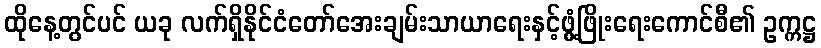
ထိုနေ့တွင်ပင် ယခု လက်ရှိနိုင်ငံတော်အေးချမ်းသာယာရေးနှင့်ဖွံ့ဖြိုးရေးကောင်စီ၏ ဥက္ကဋ္ဌ